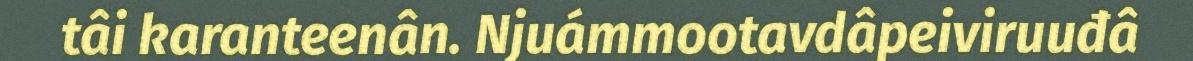
tâi karanteenân. Njuámmootavdâpeiviruuđâ